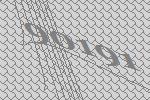
90191